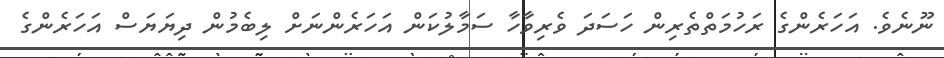
ނޫނެވެ. އަހަރެންގެ ރަހުމަތްތެރިން ހަސަދަ ވެރިވާހާ ސަމާލުކަން އަހަރެންނަށް ލިބެމުން ދިޔަޔަސް އަހަރެންގެ